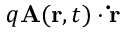
q \mathbf { A } ( \mathbf { r } , t ) \cdot \mathbf { \dot { r } }